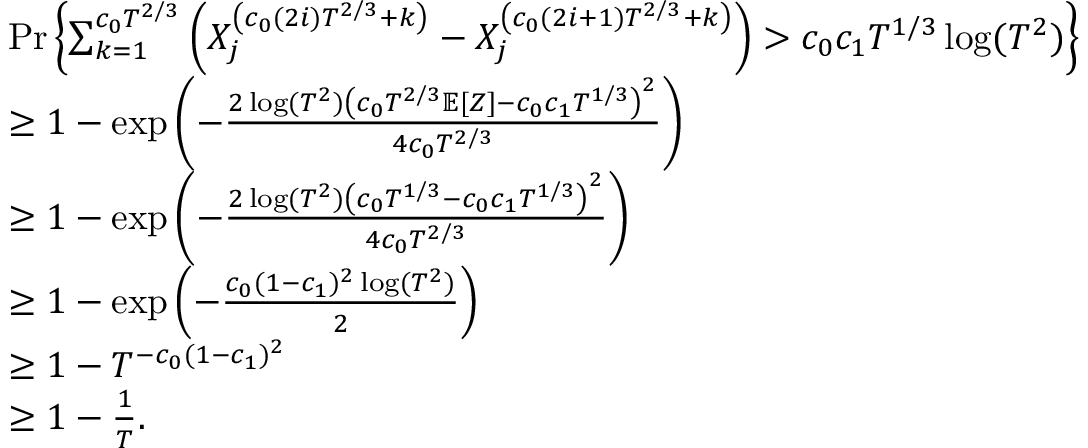
\begin{array} { r l } & { \operatorname* { P r } \left\{ \sum _ { k = 1 } ^ { c _ { 0 } T ^ { 2 / 3 } } \left( X _ { j } ^ { \left( c _ { 0 } ( 2 i ) T ^ { 2 / 3 } + k \right) } - X _ { j } ^ { \left( c _ { 0 } ( 2 i + 1 ) T ^ { 2 / 3 } + k \right) } \right) > c _ { 0 } c _ { 1 } T ^ { 1 / 3 } \log ( T ^ { 2 } ) \right\} } \\ & { \geq 1 - \exp \left( - \frac { 2 \log ( T ^ { 2 } ) \left( c _ { 0 } T ^ { 2 / 3 } \mathbb { E } [ Z ] - c _ { 0 } c _ { 1 } T ^ { 1 / 3 } \right) ^ { 2 } } { 4 c _ { 0 } T ^ { 2 / 3 } } \right) } \\ & { \ge 1 - \exp \left( - \frac { 2 \log ( T ^ { 2 } ) \left( c _ { 0 } T ^ { 1 / 3 } - c _ { 0 } c _ { 1 } T ^ { 1 / 3 } \right) ^ { 2 } } { 4 c _ { 0 } T ^ { 2 / 3 } } \right) } \\ & { \ge 1 - \exp \left( - \frac { c _ { 0 } ( 1 - c _ { 1 } ) ^ { 2 } \log ( T ^ { 2 } ) } { 2 } \right) } \\ & { \geq 1 - T ^ { - c _ { 0 } ( 1 - c _ { 1 } ) ^ { 2 } } } \\ & { \ge 1 - \frac { 1 } { T } . } \end{array}